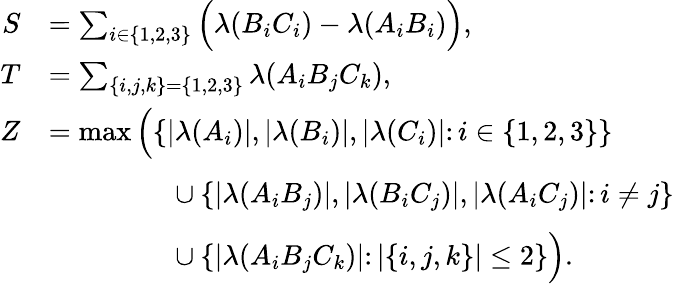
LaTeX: \begin{array}{rl}{S}&{=\sum_{i\in\{ 1,2,3\} }\Big(\lambda(B_{i}C_{i})-\lambda(A_{i}B_{i})\Big),}\\ {T}&{=\sum_{\{ i,j,k\} =\{ 1,2,3\} }\lambda(A_{i}B_{j}C_{k}),}\\ {Z}&{=\operatorname*{max}\Big(\{ |\lambda(A_{i})|,|\lambda(B_{i})|,|\lambda(C_{i})|\colon i\in\{ 1,2,3\} \} }\\ &{\phantom{=\operatorname*{max}\Big(x}\cup\{ |\lambda(A_{i}B_{j})|,|\lambda(B_{i}C_{j})|,|\lambda(A_{i}C_{j})|\colon i\neq j\} }\\ &{\phantom{=\operatorname*{max}\Big(x}\cup\{ |\lambda(A_{i}B_{j}C_{k})|\colon|\{ i,j,k\} |\le 2\} \Big).}\end{array}